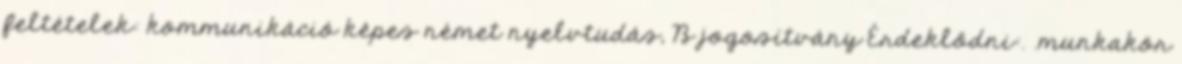
feltételek: kommunikáció képes német nyelvtudás, B jogosítvány Érdeklődni:. .munkakör